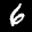
Label: 6